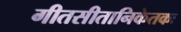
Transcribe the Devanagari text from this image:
गीतसीतानिकेतकः